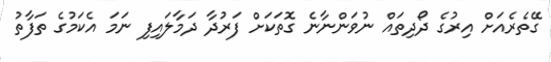
ގޭތެރެއަށް އިރުގެ ދޯދިތައް ނުވަންނާނެ ގޮތަކަށް ފަރުދާ ދަމާލައިފި ނަމަ އެކަމުގެ ތަފާތު